Vaccination returns of the Province of Eastern Bengal and Assam - 1905-1912
Year: 1905
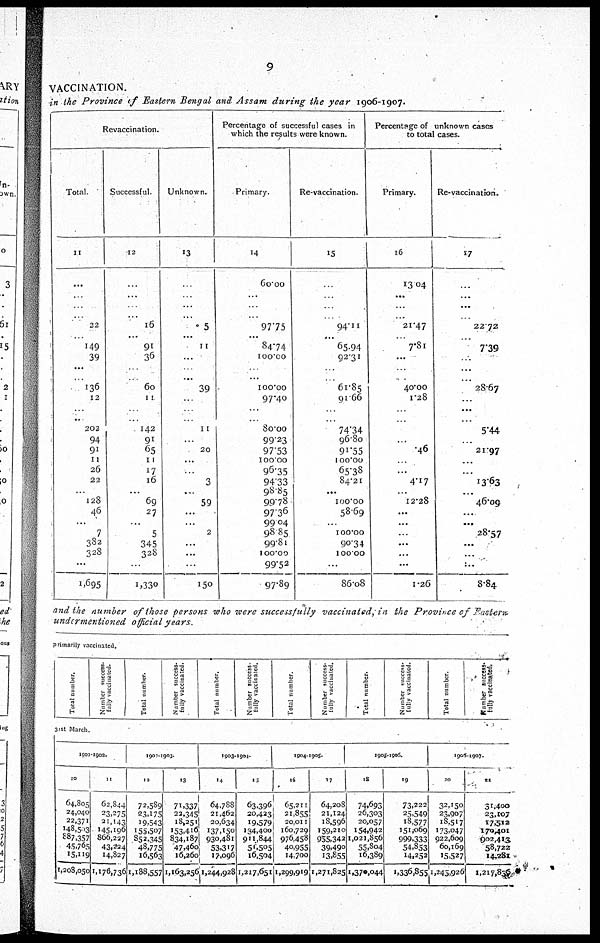
9
VACCINATION.
in the Province of Eastern Bengal and Assam during the year 1906-1907.
Revaccination.
Total.
11
...
...
...
...
22
...
149
39
...
...
136
12
...
...
202
94
91
11
26
22
...
128
46
...
7
382
328
...
1,695
Successful.
12
...
...
..
...
16
...
91
36
...
...
60
11
...
...
142
91
65
11
17
16
...
69
27
...
5
345
328
...
1,330
Unknown.
13
...
...
...
...
5
...
11
...
...
...
39
...
...
...
11
...
20
...
...
3
...
59
...
...
2
...
...
...
150
Percentage of successful cases in
which the results were known.
Primary.
14
60.00
...
...
...
97.75
...
84.74
100.00
...
...
100.00
97.40
...
...
80.00
99.23
97.53
100.00
96.35
94.33
98.85
99.78
97.36
99.04
98.85
99.81
100.00
99.52
97.89
Re-vaccination.
15
...
..
...
...
94.11
...
65.94
92.31
...
...
61.85
91.66
...
...
74.34
96.80
91.55
100.00
65.38
84.21
...
100.00
58.69
...
100.00
90.34
100.00
...
86.08
Percentage of unknown cases
to total cases.
Primary.
16
13.04
...
...
...
21.47
...
7.81
...
...
...
40.00
1.28
...
...
...
...
.46
...
...
4.17
...
12.28
...
...
...
...
...
...
1.26
Re-vaccination.
17
...
...
...
...
22.72
...
7.39
...
...
...
28.67
...
...
...
5.44
...
21.97
...
...
13.63
...
46.09
...
...
28.57
...
...
...
8.84
and the number of those persons who were successfully vaccinated, in the Province of Eastern
undermentioned official years.
primarily vaccinated.
Total number.
Number success-
fully vaccinated.
Total number.
Number success-
fully vaccinated.
Total number.
Number success-
fully vaccinated.
Total number.
Number success-
fully vaccinated.
Total number.
Number success-
fully vaccinated.
Total number.
Number success-
fully vaccinated.
31st March.
1901-1902.
10
64,805
24,040
22,371
148,503
887,357
45,765
15,119
1,208,050
11
62,844
23,275
21,143
145,196
866,227
43,224
14,827
1,176,736
1902-1903.
12
72,589
23,175
19,543
155,507
852,345
48,775
16,563
1,188,557
13
71,337
23,345
18,251
153,416
834,187
47,460
16,260
1,163,256
1903-1904.
14
64,788
21,462
20,634
137,150
930,481
53,317
17,096
1,244,928
15
63,396
20,423
19,579
134,400
911,844
56,505
16,504
1,217,651
1904-1905.
16
65,211
21,855
20,011
160,729
976,458
40,955
14,700
1,299,919
17
64,208
21,124
18,596
159,210
955,342
39,490
13,855
1,271,825
1905-1906.
18
74,693
26,303
20,057
154,942
1,021,856
55,804
16,389
1,370,044
19
73,222
25,549
18,577
151,069
999,333
54,853
14,252
1,336,855
1906-1907.
20
32,150
23,907
18,517
173,047
922,609
60,169
15,527
1,245,926
21
31,400
23,107
17,512
170,401
902,413
58,722
14,281
1,217,836